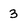
Character: 3